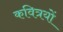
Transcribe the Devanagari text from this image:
कवित्रयों